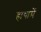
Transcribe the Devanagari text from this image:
हाथामें